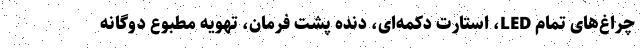
چراغ‌های تمام LED، استارت دکمه‌ای، دنده پشت فرمان، تهویه مطبوع دوگانه